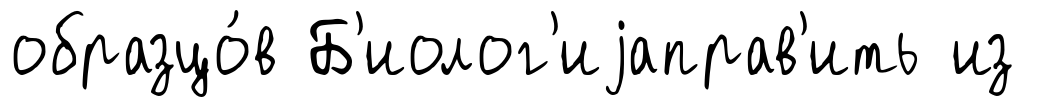
образцо́в Б'иолог'иjаправ'ить из